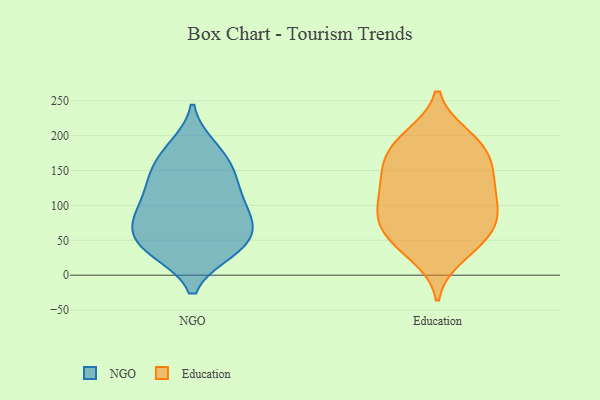
{"axis": {"x": "Page Views", "y": "Value"}, "legend": ["Education", "NGO"], "data": [{"x": "", "y": 126, "type": "NGO"}, {"x": "", "y": 35, "type": "NGO"}, {"x": "", "y": 102, "type": "NGO"}, {"x": "", "y": 137, "type": "NGO"}, {"x": "", "y": 72, "type": "NGO"}, {"x": "", "y": 63, "type": "NGO"}, {"x": "", "y": 80, "type": "NGO"}, {"x": "", "y": 122, "type": "NGO"}, {"x": "", "y": 57, "type": "NGO"}, {"x": "", "y": 181, "type": "NGO"}, {"x": "", "y": 36, "type": "NGO"}, {"x": "", "y": 184, "type": "NGO"}, {"x": "", "y": 155, "type": "NGO"}, {"x": "", "y": 37, "type": "NGO"}, {"x": "", "y": 82, "type": "NGO"}, {"x": "", "y": 90, "type": "NGO"}, {"x": "", "y": 155, "type": "NGO"}, {"x": "", "y": 34, "type": "NGO"}, {"x": "", "y": 187, "type": "Education"}, {"x": "", "y": 66, "type": "Education"}, {"x": "", "y": 198, "type": "Education"}, {"x": "", "y": 177, "type": "Education"}, {"x": "", "y": 28, "type": "Education"}, {"x": "", "y": 70, "type": "Education"}, {"x": "", "y": 137, "type": "Education"}, {"x": "", "y": 124, "type": "Education"}, {"x": "", "y": 90, "type": "Education"}, {"x": "", "y": 102, "type": "Education"}, {"x": "", "y": 44, "type": "Education"}, {"x": "", "y": 74, "type": "Education"}, {"x": "", "y": 164, "type": "Education"}, {"x": "", "y": 44, "type": "Education"}, {"x": "", "y": 154, "type": "Education"}, {"x": "", "y": 199, "type": "Education"}, {"x": "", "y": 115, "type": "Education"}, {"x": "", "y": 146, "type": "Education"}, {"x": "", "y": 90, "type": "Education"}]}